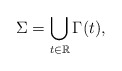
\begin{align*}\Sigma = \bigcup_{t\in\mathbb{R}} \Gamma(t),\end{align*}